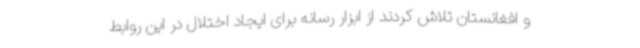
و افغانستان تلاش کردند از ابزار رسانه برای ایجاد اختلال در این روابط